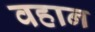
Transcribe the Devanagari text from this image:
वहान